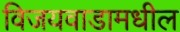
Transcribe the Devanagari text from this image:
विजयवाडामधील